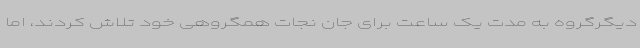
دیگرگروه به مدت یک ساعت برای جان نجات همگروهی خود تلاش کردند، اما